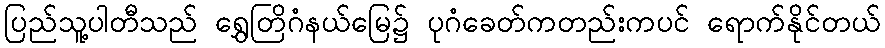
ပြည်သူ့ပါတီသည် ရွှေတြိဂံနယ်မြေ၌ ပုဂံခေတ်ကတည်းကပင် ရောက်နိုင်တယ်